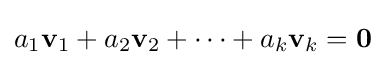
a_{1}\mathbf {v} _{1}+a_{2}\mathbf {v} _{2}+\cdots +a_{k}\mathbf {v} _{k}=\mathbf {0}